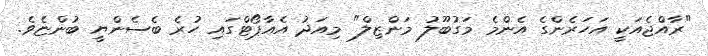
"ރާއްޖެއަކީ އަހަރެންގެ އެންމެ މަގުބޫލު މަންޒިލް" މިއަދު އެއާޕޯޓްގައި ހުރެ ބެސެންޔީ ބުންޏެވެ.